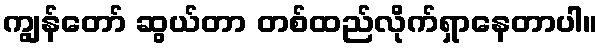
ကျွန်တော် ဆွယ်တာ တစ်ထည်လိုက်ရှာနေတာပါ။